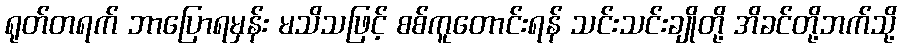
ရုတ်တရက် ဘာပြောရမှန်း မသိသဖြင့် စစ်ကူတောင်းရန် သင်းသင်းချိုတို့ အိခင်တို့ဘက်သို့